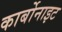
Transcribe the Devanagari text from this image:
कार्बोनाइट